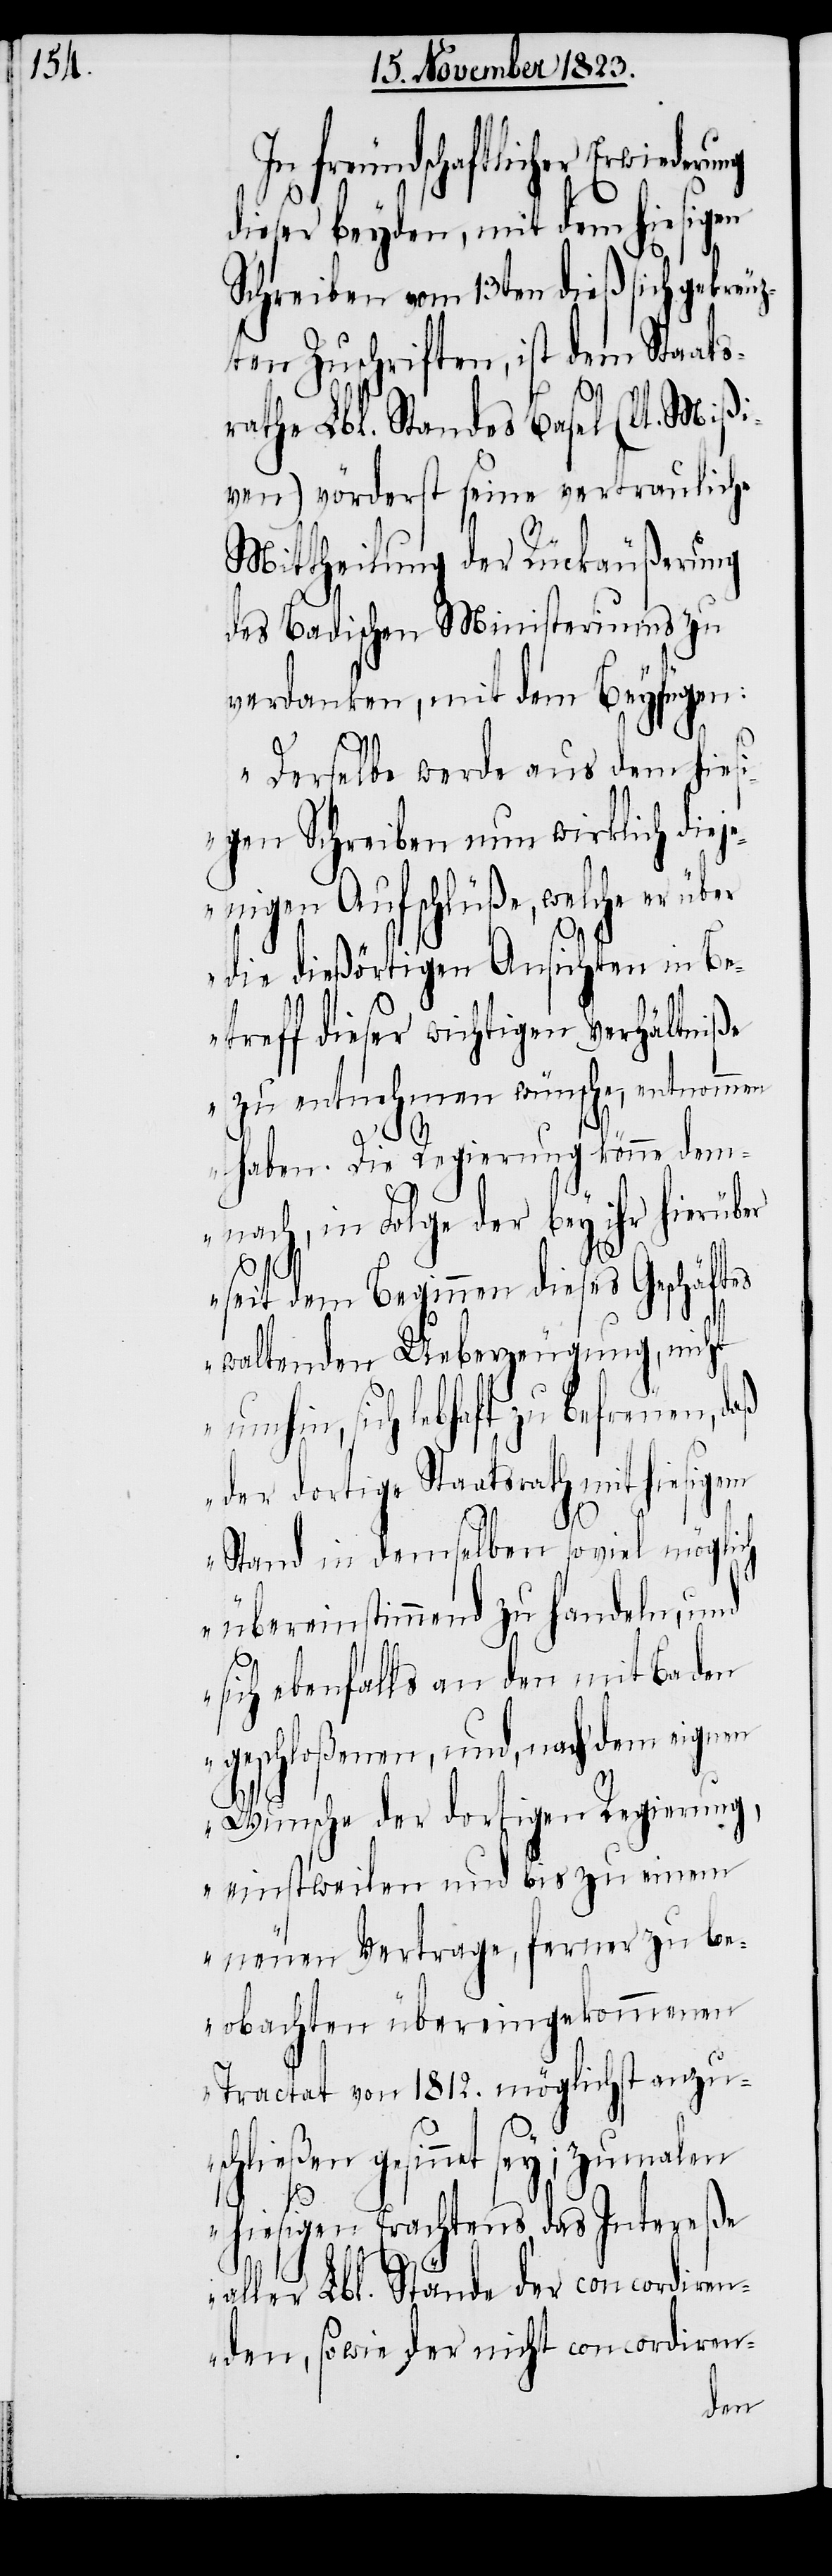
In freundschaftlicher Erwiederu¬
hiesigen
dieser beyden, mit dem
Schreiben vom 13ten dieß sich gekreu¬
zten Zuschriften, ist dem Staats¬
rathe Lbl. Standes Basel (lt. Mißi¬
ven) vörderst seine vertrauliche
Mittheilung der Rückäußerung
des Badischen Ministeriums zu
verdanken, mit dem Beyfügen:
„Derselbe werde aus dem hies¬
igen Schreiben nun wirklich dieje¬
nigen Aufschlüße, welche er
die dießörtigen Ansichten in Be¬
treff dieser wichtigen Verhältniße
zu entnehmen wünsche, entnommen
ng
haben. Die Regierung könne dem¬
nach, in Folge der bey ihr hierüber
seit dem Beginnen dieses Geschäftes
waltenden Ueberzeugung, nicht
umhin, sich lebhaft zu befreuen,
der dortige Staatsrath mit hiesigem
Stand in demselben soviel möglich
übereinstimmend zu handeln, und
sich ebenfalls an den mit Baden
geschloßenen, und, nach dem eignen
Wunsche der dortigen Regierung,
einstweilen und bis zu einem
neuen Vertrage, ferner zu be¬
obachten übereingekommenen
Tractat von 1812. möglichst anzu¬
schließen gesinnet sey; zumalen
hiesigen Erachtens, das Intereße
aller Lbl. Stände der concordiren¬
den, sowie der nicht concordiren-